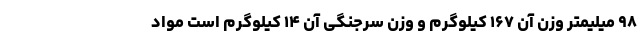
۹۸ میلیمتر وزن آن ۱۶۷ کیلوگرم و وزن سرجنگی آن ۱۴ کیلوگرم است مواد